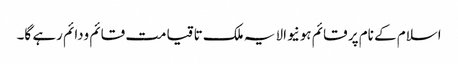
اسلام کے نام پر قائم ہونیوالا یہ ملک تا قیامت قائم ودائم رہے گا۔